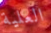
العلية